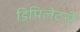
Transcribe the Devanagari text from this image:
डिपिलेटरी